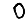
Digit: 0